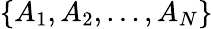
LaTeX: \lbrace A_{1},A_{2},\ldots,A_{N}\rbrace